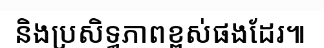
និងប្រសិទ្ធភាពខ្ពស់ផងដែរ៕